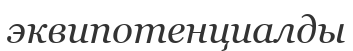
эквипотенциалды